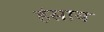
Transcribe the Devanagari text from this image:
हंसाय